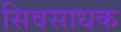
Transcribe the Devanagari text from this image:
सिवसाधक